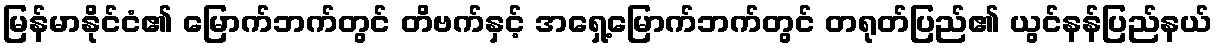
မြန်မာနိုင်ငံ၏ မြောက်ဘက်တွင် တိဗက်နှင့် အရှေ့မြောက်ဘက်တွင် တရုတ်ပြည်၏ ယွင်နန်ပြည်နယ်